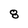
Character: 8